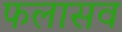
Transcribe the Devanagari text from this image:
फलासव